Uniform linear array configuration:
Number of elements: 48
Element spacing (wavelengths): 0.5
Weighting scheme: hamming
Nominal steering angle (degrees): -45
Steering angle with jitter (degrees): -43.679
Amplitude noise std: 0.05
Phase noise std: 0.05

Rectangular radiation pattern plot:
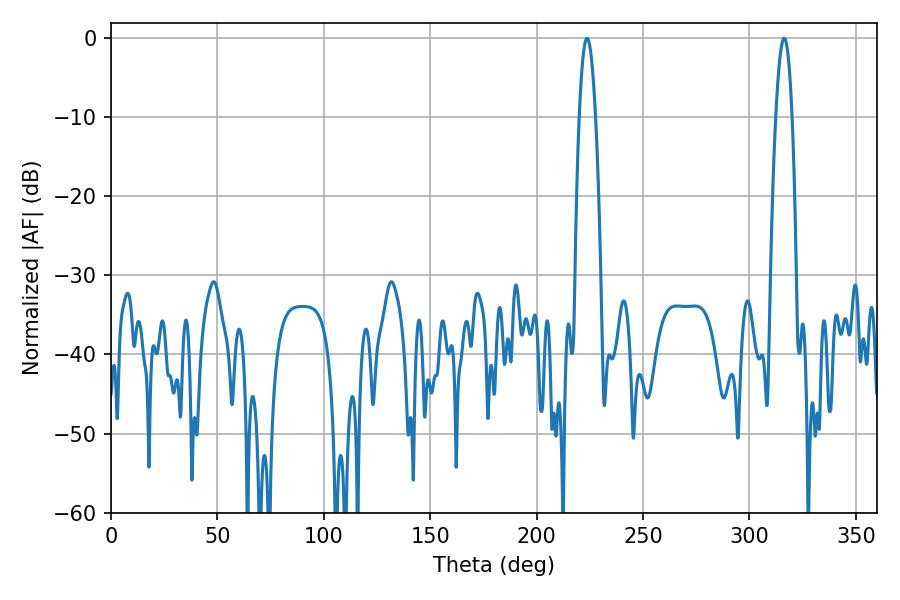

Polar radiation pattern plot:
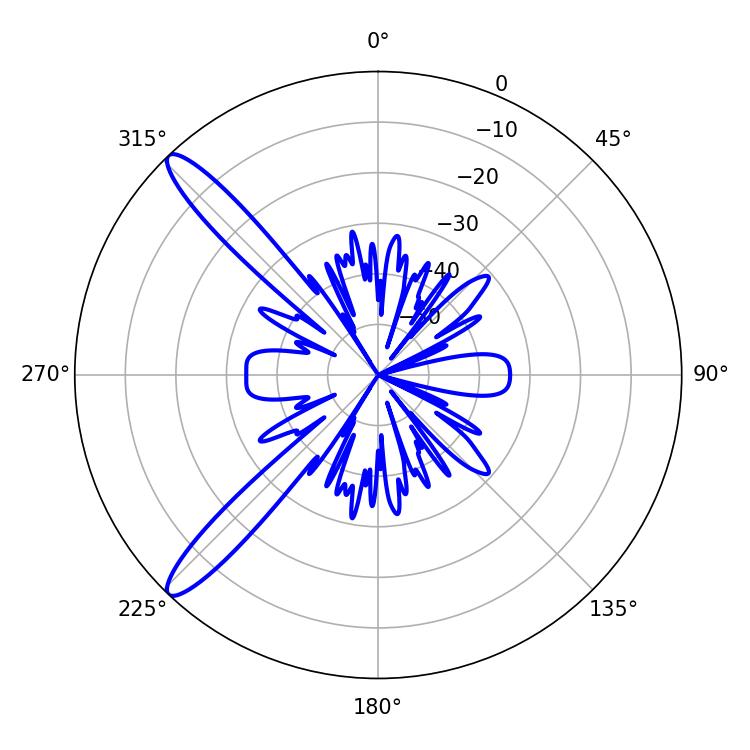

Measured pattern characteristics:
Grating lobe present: FALSE
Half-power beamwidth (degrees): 4.32
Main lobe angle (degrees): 223.74